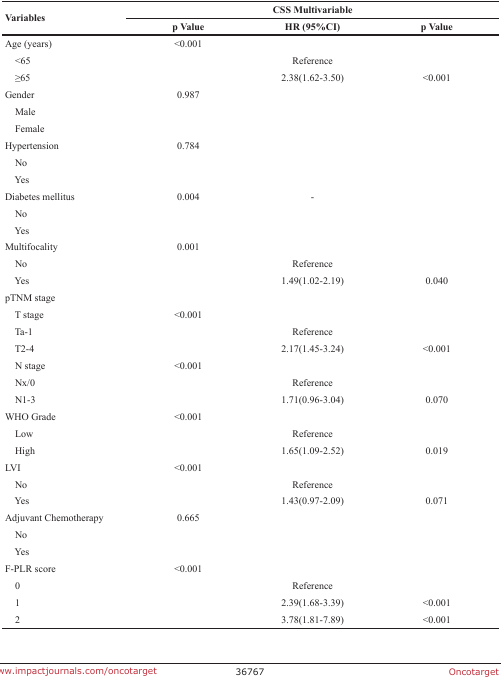
<table><thead><tr><td rowspan="2"><b>Variables</b></td><td colspan="3"><b>CSS Multivariable</b></td></tr><tr><td><b>p Value</b></td><td><b>HR (95%CI)</b></td><td><b>p Value</b></td></tr></thead><tbody><tr><td>Age (years)</td><td>&lt;0.001</td><td></td><td></td></tr><tr><td> &lt;65</td><td></td><td>Reference</td><td></td></tr><tr><td> ≥65</td><td></td><td>2.38(1.62-3.50)</td><td>&lt;0.001</td></tr><tr><td>Gender</td><td>0.987</td><td></td><td></td></tr><tr><td> Male</td><td></td><td></td><td></td></tr><tr><td> Female</td><td></td><td></td><td></td></tr><tr><td>Hypertension</td><td>0.784</td><td></td><td></td></tr><tr><td> No</td><td></td><td></td><td></td></tr><tr><td> Yes</td><td></td><td></td><td></td></tr><tr><td>Diabetes mellitus</td><td>0.004</td><td>-</td><td></td></tr><tr><td> No</td><td></td><td></td><td></td></tr><tr><td> Yes</td><td></td><td></td><td></td></tr><tr><td>Multifocality</td><td>0.001</td><td></td><td></td></tr><tr><td> No</td><td></td><td>Reference</td><td></td></tr><tr><td> Yes</td><td></td><td>1.49(1.02-2.19)</td><td>0.040</td></tr><tr><td>pTNM stage</td><td></td><td></td><td></td></tr><tr><td> T stage</td><td>&lt;0.001</td><td></td><td></td></tr><tr><td> Ta-1</td><td></td><td>Reference</td><td></td></tr><tr><td> T2-4</td><td></td><td>2.17(1.45-3.24)</td><td>&lt;0.001</td></tr><tr><td> N stage</td><td>&lt;0.001</td><td></td><td></td></tr><tr><td> Nx/0</td><td></td><td>Reference</td><td></td></tr><tr><td> N1-3</td><td></td><td>1.71(0.96-3.04)</td><td>0.070</td></tr><tr><td>WHO Grade</td><td>&lt;0.001</td><td></td><td></td></tr><tr><td> Low</td><td></td><td>Reference</td><td></td></tr><tr><td> High</td><td></td><td>1.65(1.09-2.52)</td><td>0.019</td></tr><tr><td>LVI</td><td>&lt;0.001</td><td></td><td></td></tr><tr><td> No</td><td></td><td>Reference</td><td></td></tr><tr><td> Yes</td><td></td><td>1.43(0.97-2.09)</td><td>0.071</td></tr><tr><td>Adjuvant Chemotherapy</td><td>0.665</td><td></td><td></td></tr><tr><td> No</td><td></td><td></td><td></td></tr><tr><td> Yes</td><td></td><td></td><td></td></tr><tr><td>F-PLR score</td><td>&lt;0.001</td><td></td><td></td></tr><tr><td> 0</td><td></td><td>Reference</td><td></td></tr><tr><td> 1</td><td></td><td>2.39(1.68-3.39)</td><td>&lt;0.001</td></tr><tr><td> 2</td><td></td><td>3.78(1.81-7.89)</td><td>&lt;0.001</td></tr></tbody></table>